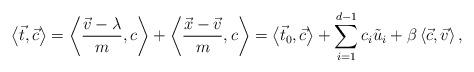
LaTeX: \begin{align*}\left<\vec{t}, \vec{c}\right>=\left<\frac{\vec{v}-\lambda}{m}, c\right> +\left<\frac{\vec{x}-\vec{v}}{m}, c\right> =\left<\vec{t}_0, \vec{c}\right> + \sum_{i=1}^{d-1}c_i \tilde{u}_i+\beta\left<\vec{c},\vec{v} \right>,\end{align*}